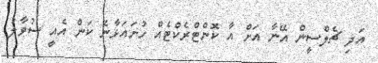
އަދި ޗެލްސީން އޭނާ އަށް އާ ކޮންޓްރެކްޓެއް ހުށައަޅާނެ ކަން އެއީ ސުވާލު